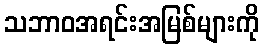
သဘာဝအရင်းအမြစ်များကို